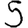
Digit: 5